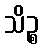
သိဉ္စ